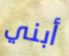
أبني